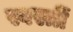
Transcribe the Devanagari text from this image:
स्वस्त्रीं